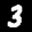
Label: 3